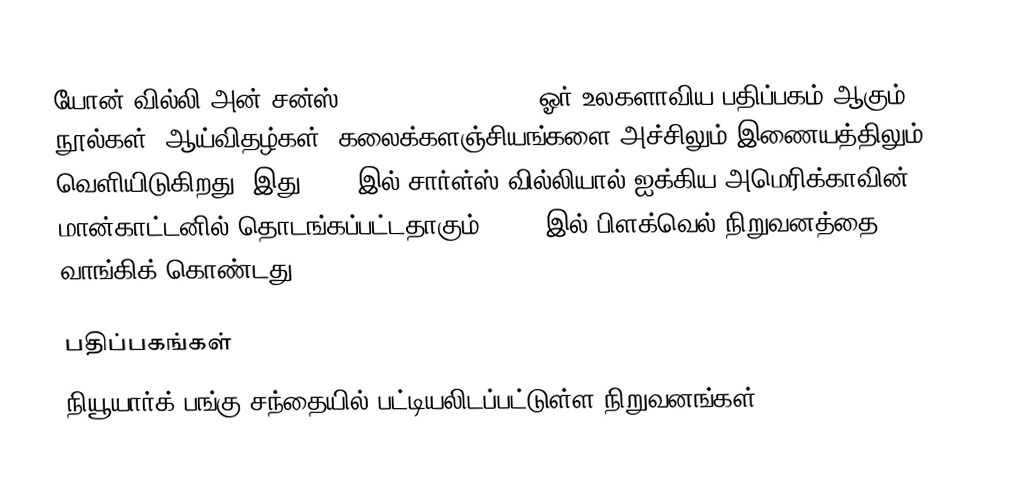
யோன் வில்லி அன் சன்ஸ் (John Wiley & Sons) ஓர் உலகளாவிய பதிப்பகம் ஆகும். நூல்கள், ஆய்விதழ்கள், கலைக்களஞ்சியங்களை அச்சிலும் இணையத்திலும் வெளியிடுகிறது. இது 1807 இல் சார்ள்ஸ் வில்லியால் ஐக்கிய அமெரிக்காவின் மான்காட்டனில் தொடங்கப்பட்டதாகும். 2007 இல் பிளக்வெல் நிறுவனத்தை வாங்கிக் கொண்டது.

பதிப்பகங்கள்
நியூயார்க் பங்கு சந்தையில் பட்டியலிடப்பட்டுள்ள நிறுவனங்கள்